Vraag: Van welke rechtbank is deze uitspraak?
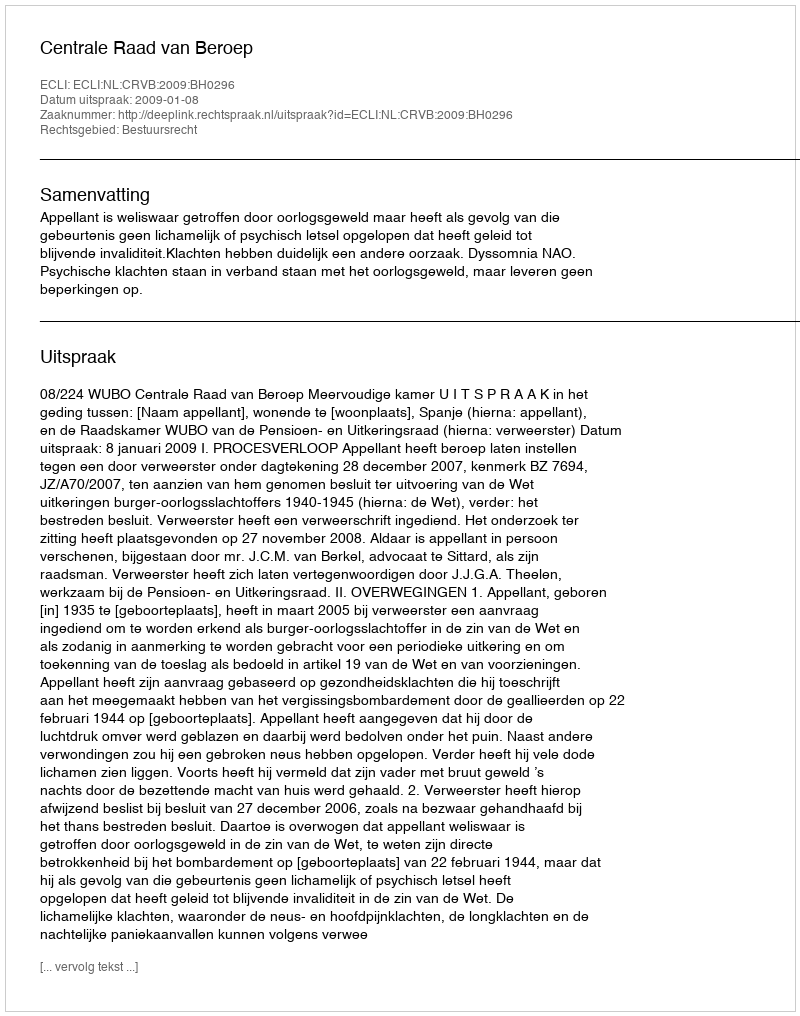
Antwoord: Centrale Raad van Beroep